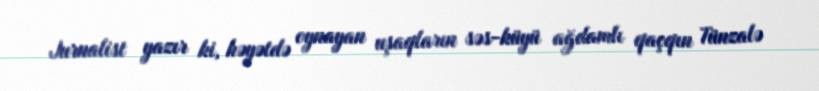
Jurnalist yazır ki, həyətdə oynayan uşaqların səs-küyü ağdamlı qaçqın Tünzalə